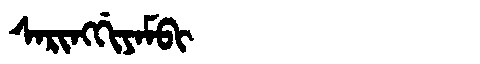
Manchu: ᠰᠠᡵᡳᠩᡤᡳᠶᠠᠮᠪᡳ
Romanization: SARINGGIYAMBI